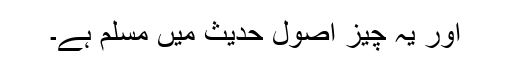
اور یہ چیز اصولِ حدیث میں مسلَّم ہے۔